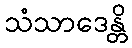
သံသာဒေန္တိ